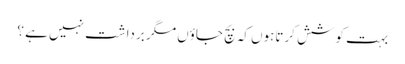
بہت کوشش کرتاہوں کہ بچ جاؤں مگر برداشت نہیں ہے ؟